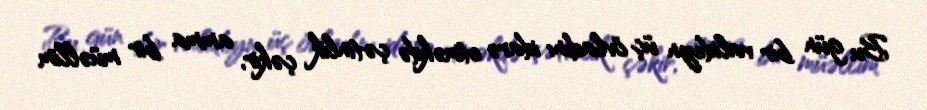
Bu gün bir valideyn üç övladını idarə etməkdə çətinlik çəkir, amma bir müəllim